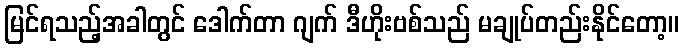
မြင်ရသည့်အခါတွင် ဒေါက်တာ ဂျက် ဒီဟိုးဗစ်သည် မချုပ်တည်းနိုင်တော့။